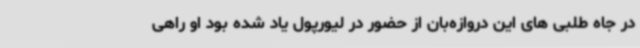
در جاه طلبی های این دروازه‌بان از حضور در لیورپول یاد شده بود او راهی